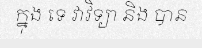
ក្នុង ទេ វាវិទ្យា និង បាន